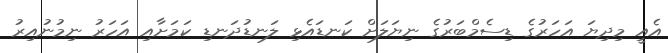
އެއީ މިދިޔަ އަަހަރުގެ ޑިސެމްބަރުގެ ނިޔަަލަށް ކަނޑައެޅި ލަނޑުދަނޑި ކަމަށާއި އަހަރު ނިމުނުއިރު